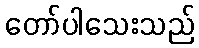
တော်ပါသေးသည်